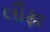
લીફા